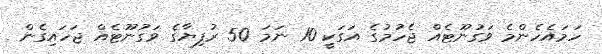
ހަމައެހެންމެ ވަގުނޫޓެއް ޖެހުމުގެ އަގަކީ 10 ނަމަ 50 ރުފިޔާގެ ވަގުނޫޓެއް ޖަހައިގެން